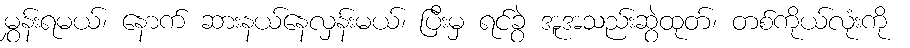
မွှန်းရမယ်၊ နောက် ဆားနယ်နေလှန်းမယ်၊ ပြီးမှ ရင်ခွဲ အူအသည်းဆွဲထုတ်၊ တစ်ကိုယ်လုံးကို